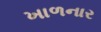
ખાળનાર